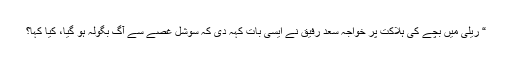
“ ریلی میں بچے کی ہلاکت پر خواجہ سعد رفیق نے ایسی بات کہہ دی کہ سوشل غصے سے آگ بگولہ ہو گیا، کیا کہا؟